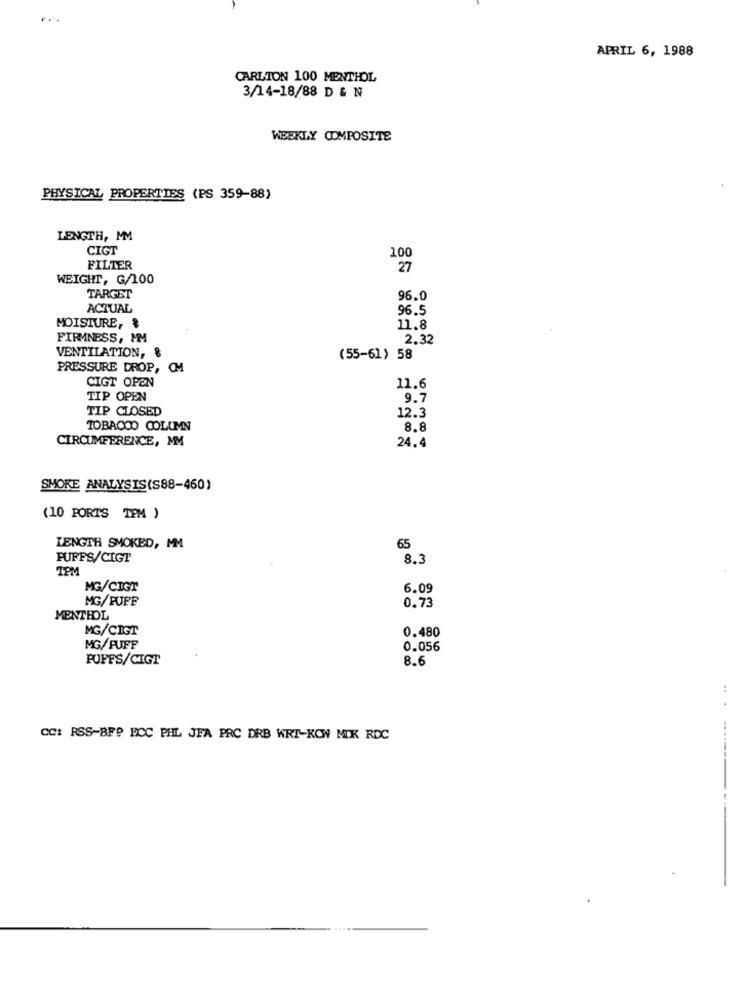
APRIL 6, 1988
CARLTON 100 MENTHOL
3/14-18/88 D & N
WEEKLY COMPOSITE
PHYSICAL PROPERTIES (PS 359-88)
LENGTH, MM
CIGT
100
FILTER
27
WEIGHT, G/100
TARGET
96.0
ACTUAL
96.5
MOISTURE, $
11.8
FIRMNESS, MM
2.32
VENTILATION, &
(55-61) 58
PRESSURE DROP, OM
CIGT OPEN
11.6
TIP OPEN
9.7
TIP CLOSED
12.3
TOBACCO COLUMN
8.8
CIRCUMFERENCE, MM
24.4
SMOKE ANALYSIS(S88-460)
(10 PORTS TPM )
LENGTH SMOKED, MM
65
PUFFS/CIGT
8.3
TPM
MG/CIGT
6.09
MG/PUFF
0.73
MENTHOL
MG/CIGT
0.480
MG/FUFF
0.056
PUFFS/CIGT
8.6
...
CC: RSS-BFP BCC PHL JFA PRC DRB WRT-KOW MIK RDC